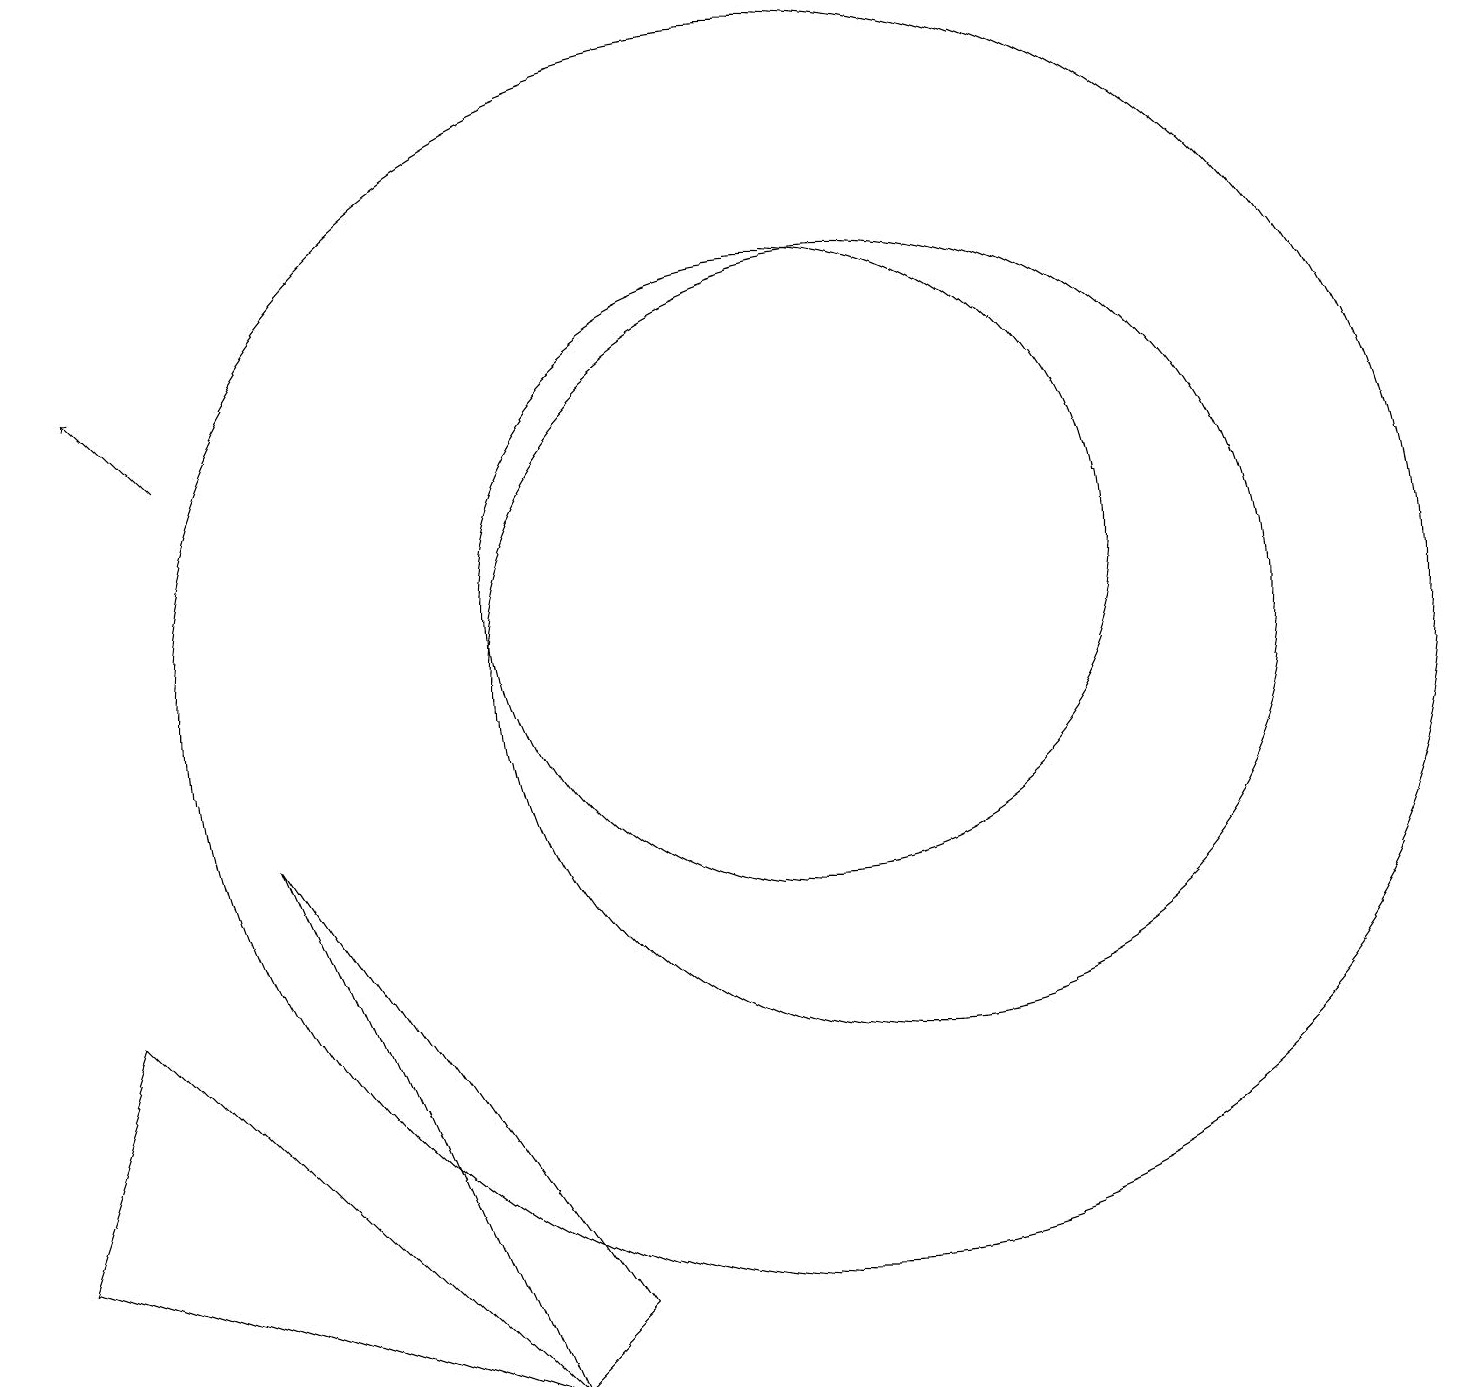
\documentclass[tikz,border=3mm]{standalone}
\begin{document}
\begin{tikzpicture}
\draw (6,1) -- (7,2) -- (3,8) -- cycle;
\draw (10,10) circle (8);
\draw[->] (2,13) -- (1,14);
\draw (11,10) circle (5);
\draw (10,11) circle (4);
\draw (0,3) -- (6,1) -- (1,6) -- cycle;
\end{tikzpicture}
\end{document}